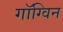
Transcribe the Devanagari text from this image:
गॉग्विन